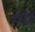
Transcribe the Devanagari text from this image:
०१।